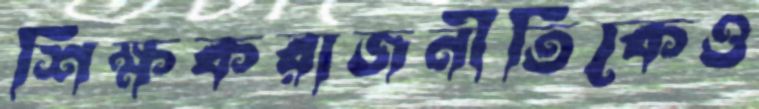
শিক্ষকরাজনীতিকেও